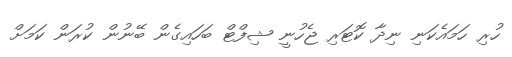
ހުރި ހަމައެކަނި ނިދާ ކޮޓަރި ޖެހުނީ ޝިފްޓް ބަހައިގެން ބޭނުން ކުރަން ކަމަށް